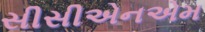
સીસીએનએમ